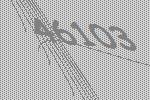
46103